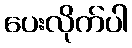
ပေးလိုက်ပါ